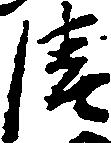
清